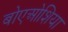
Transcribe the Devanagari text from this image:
बोएओशिया